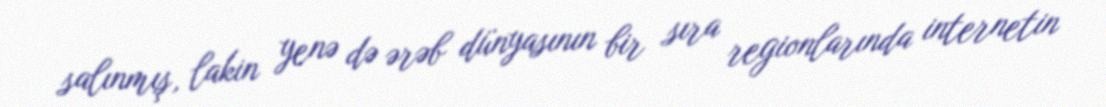
salınmış, lakin yenə də ərəb dünyasının bir sıra regionlarında internetin